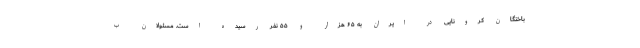
باختگان کرونایی در ایران به ۶۵ هزار و ۵۵ نفر رسیده است. مسئولان ب